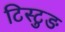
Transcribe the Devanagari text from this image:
टिस्टुङ